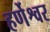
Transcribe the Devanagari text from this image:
हर्णेश्वर